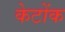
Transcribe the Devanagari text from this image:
केटोंक